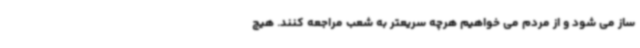
ساز می شود و از مردم می خواهیم هرچه سریعتر به شعب مراجعه کنند. هیچ